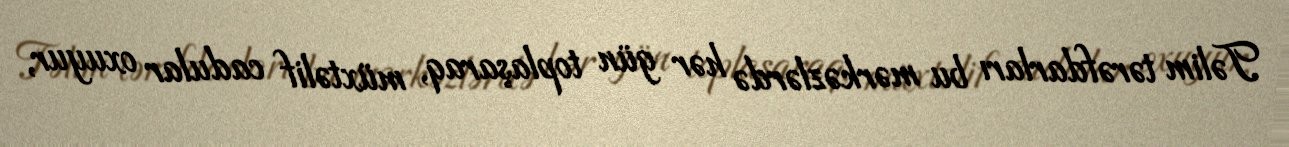
Təlim tərəfdarları bu mərkəzlərdə hər gün toplaşaraq, müxtəlif cadular oxuyur,